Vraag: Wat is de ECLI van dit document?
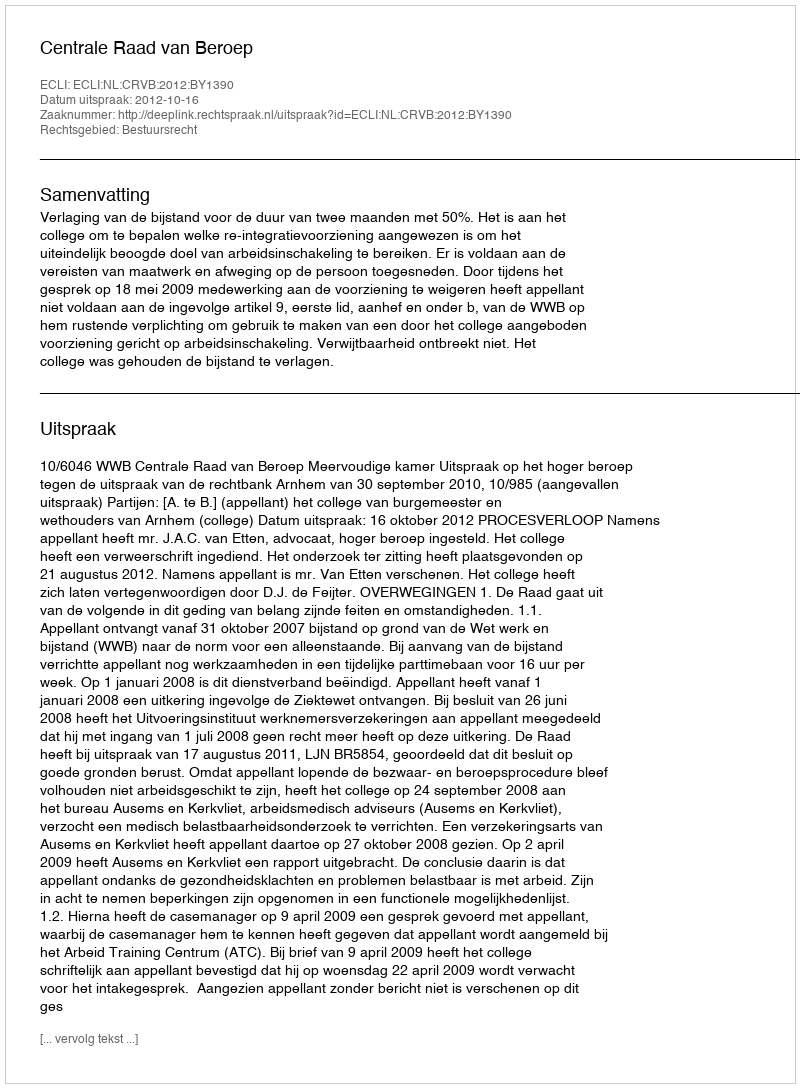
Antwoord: ECLI:NL:CRVB:2012:BY1390